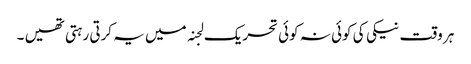
ہر وقت نیکی کی کوئی نہ کوئی تحریک لجنہ میں یہ کرتی رہتی تھیں ۔